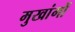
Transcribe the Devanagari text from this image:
मुखांगों